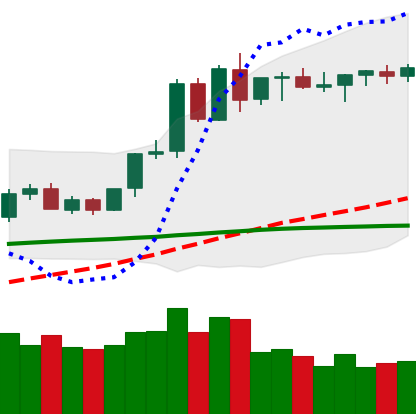
Ticker: ETH-USD
Chart end date: 2020-06-10
Forward return: -7.079%
Label: down_7plus